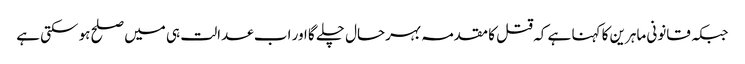
جبکہ قانونی ماہرین کا کہنا ہے کہ قتل کا مقدمہ بہرحال چلے گا اور اب عدالت ہی میں صلح ہو سکتی ہے